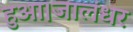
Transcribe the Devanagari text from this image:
हुआ।जालंधर